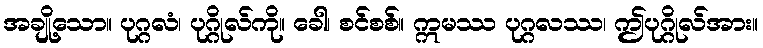
အချို့သော။ ပုဂ္ဂလံ၊ ပုဂ္ဂိုလ်ကို။ ခေါ၊ စင်စစ်။ ဣမဿ ပုဂ္ဂလဿ၊ ဤပုဂ္ဂိုလ်အား။